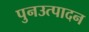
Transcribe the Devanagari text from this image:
पुनउत्पादन